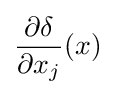
{\frac {\partial \delta }{\partial x_{j}}}(x)